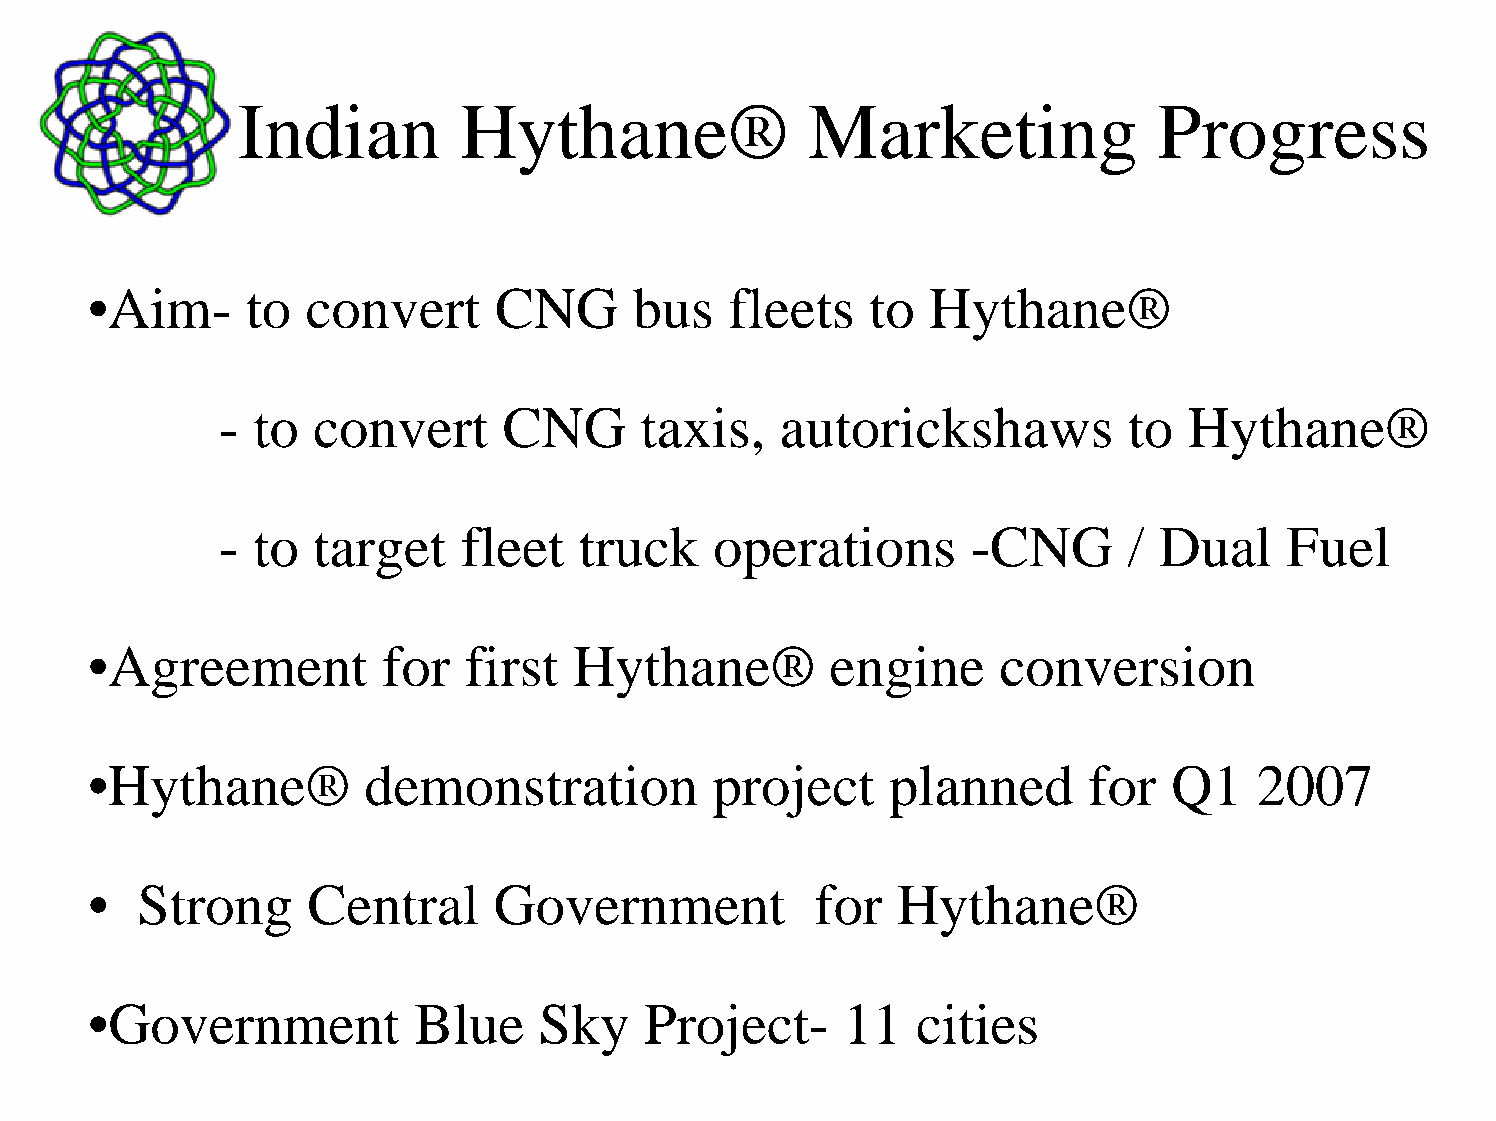
Indian         Hythane®               Marketing              Progress
 •Aim-     to  convert      CNG      bus   fleets    to  Hythane®
 - to  convert     CNG      taxis,    autorickshaws          to  Hythane®
 - to  target    fleet  truck    operations       -CNG       / Dual    Fuel
 •Agreement         for   first  Hythane®         engine     conversion
 •Hythane®         demonstration          project     planned      for   Q1   2007
 •  Strong     Central      Government           for  Hythane®
 •Government           Blue    Sky    Project-     11   cities